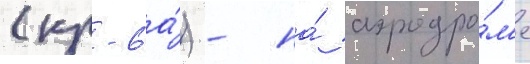
(кр-6а́) - на́ аэродро́м'е